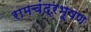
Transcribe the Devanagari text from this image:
रामचंद्रभूषण